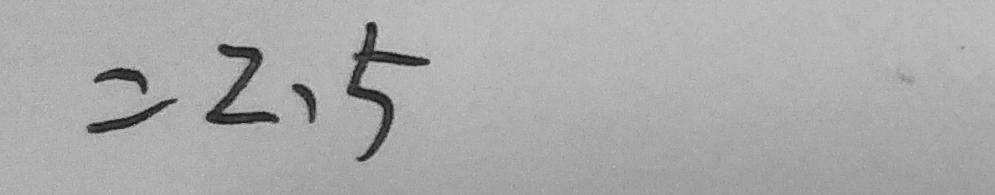
= 2 . 5